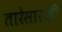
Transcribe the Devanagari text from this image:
तारेसारखी